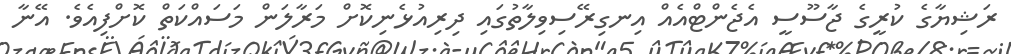
ރަޝިޔާގެ ކުރީގެ ޖާސޫސީ އެޖެންޓްއެއް އިނގިރޭސިވިލާތުގައި ދިރިއުޅެނިކޮށް މަރާލަން މަސައްކަތް ކޮށްފިއެވެ. އޭނާ